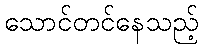
သောင်တင်နေသည့်